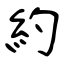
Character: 約